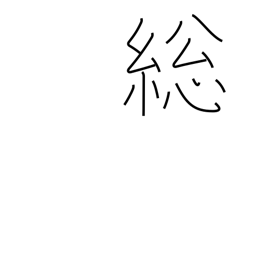
Meaning: full